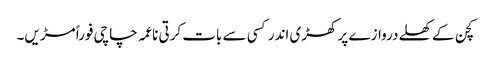
کچن کے کھلے دروازے پر کھڑی اندر کسی سے بات کرتی ناعمہ چاچی فوراً مڑیں۔